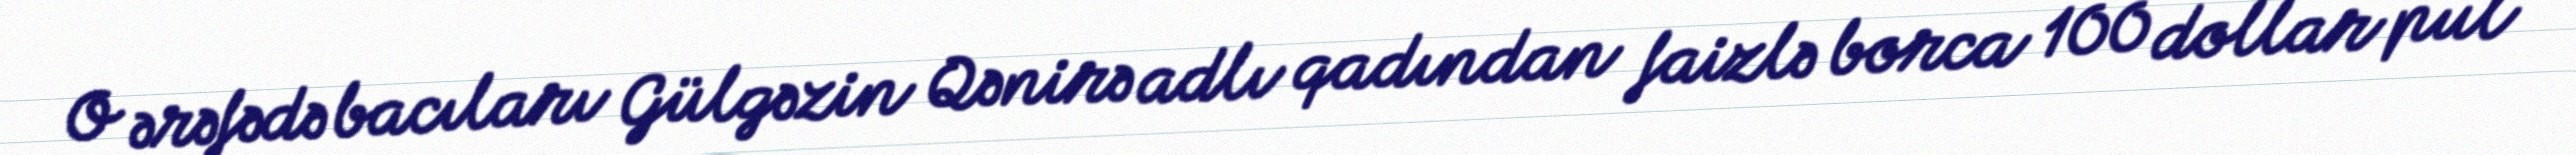
O ərəfədə bacıları Gülgəzin Qənirə adlı qadından faizlə borca 100 dollar pul